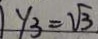
y _ { 3 } = \sqrt { 3 }